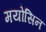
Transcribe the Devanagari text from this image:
मयोसिन